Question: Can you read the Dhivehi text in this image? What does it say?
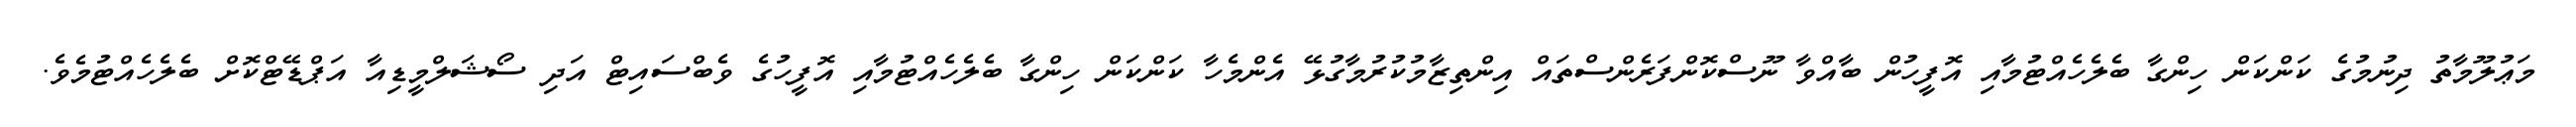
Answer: މަޢުލޫމާތު ދިނުމުގެ ކަންކަން ހިންގާ ބެލެހެއްޓުމާއި އޮފީހުން ބާއްވާ ނޫސްކޮންފަރެންސްތައް އިންތިޒާމުކުރުމާގުޅޭ އެންމެހާ ކަންކަން ހިންގާ ބެލެހެއްޓުމާއި އޮފީހުގެ ވެބްސައިޓް އަދި ސޯޝަލްމީޑިއާ އަޕްޑޭޓްކޮށް ބެލެހެއްޓުމެވެ.